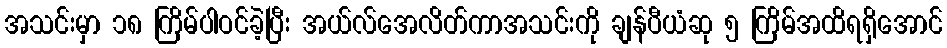
အသင်းမှာ ၁၈ ကြိမ်ပါဝင်ခဲ့ပြီး အယ်လ်အေလိတ်ကာအသင်းကို ချန်ပီယံဆု ၅ ကြိမ်အထိရရှိအောင်